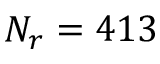
N _ { r } = 4 1 3